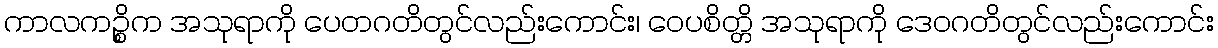
ကာလကဉ္စိက အသုရာကို ပေတဂတိတွင်လည်းကောင်း၊ ဝေပစိတ္တိ အသုရာကို ဒေဝဂတိတွင်လည်းကောင်း